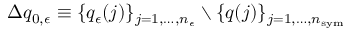
\Delta q _ { 0 , \epsilon } \equiv \{ q _ { \epsilon } ( j ) \} _ { j = 1 , \dots , n _ { \epsilon } } \setminus \{ q ( j ) \} _ { j = 1 , \dots , n _ { \mathrm { s y m } } }